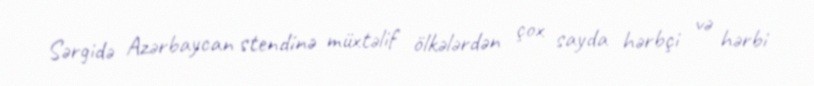
Sərgidə Azərbaycan stendinə müxtəlif ölkələrdən çox sayda hərbçi və hərbi